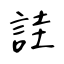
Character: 詿